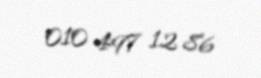
010 497 12 86